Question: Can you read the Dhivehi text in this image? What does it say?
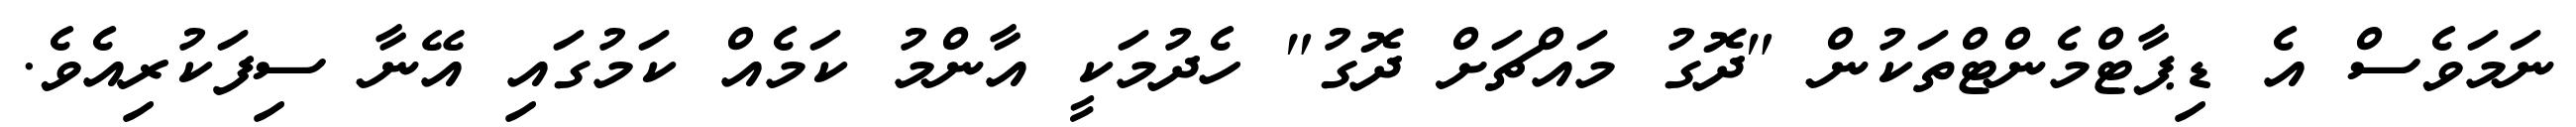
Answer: ނަމަވެސް އެ ޑިޕާޓްމެންޓްތަކުން "ދޮގު މައްޗަށް ދޮގު" ހެދުމަކީ އާންމު ކަމެއް ކަމުގައި އޭނާ ސިފަކުރިއެވެ.